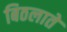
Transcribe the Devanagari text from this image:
बिठलाते